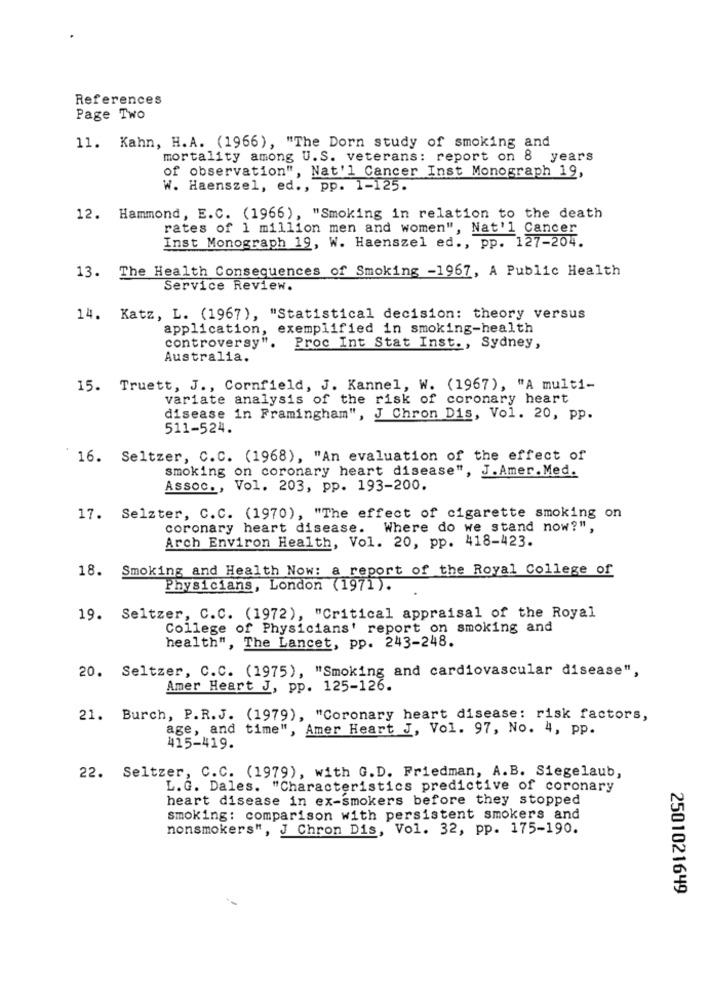
References
Page Two
11. Kahn, H.A. (1966), "The Dorn study of smoking and
mortality among U.S. veterans: report on 8 years
of observation", Nat'l Cancer Inst Monograph 19,
W. Haenszel, ed ., pp. 1-125.
12. Hammond, E.C. (1966), "Smoking in relation to the death
rates of 1 million men and women", Nat'l Cancer
Inst Monograph 19, W. Haenszel ed ., pp. 127-204.
13. The Health Consequences of Smoking -1967, A Public Health
Service Review.
14.
Katz, L. (1967), "Statistical decision: theory versus
application, exemplified in smoking-health
controversy". Proc Int Stat Inst ., Sydney,
Australia.
15. Truett, J ., Cornfield, J. Kannel, W. (1967), "A multi-
variate analysis of the risk of coronary heart
disease in Framingham", J Chron Dis, Vol. 20, pp.
511-524.
16. Seltzer, C.C. (1968), "An evaluation of the effect of
smoking on coronary heart disease", J.Amer. Med.
Assoc ., Vol. 203, pp. 193-200.
17. Selzter, C.C. (1970), "The effect of cigarette smoking on
coronary heart disease. Where do we stand now?",
Arch Environ Health, Vol. 20, pp. 418-423.
18. Smoking and Health Now: a report of the Royal College of
Physicians, London (1971).
19. Seltzer, C.C. (1972), "Critical appraisal of the Royal
College of Physicians' report on smoking and
health", The Lancet, pp. 243-248.
20. Seltzer, C.C. (1975), "Smoking and cardiovascular disease",
Amer Heart J, pp. 125-126.
21. Burch, P.R.J. (1979), "Coronary heart disease: risk factors,
age, and time", Amer Heart J, Vol. 97, No. 4, pp.
415-419.
22. Seltzer, C.C. (1979), with G.D. Friedman, A.B. Siegelaub,
L.G. Dales. "Characteristics predictive of coronary
heart disease in ex-smokers before they stopped
smoking: comparison with persistent smokers and
nonsmokers", J Chron Dis, Vol. 32, pp. 175-190.
2501021649